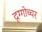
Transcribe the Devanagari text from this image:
दृग्गोच्चर